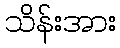
သိန်းအား